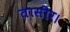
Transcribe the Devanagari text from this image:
तासीर।